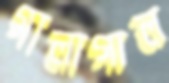
গালাগাল